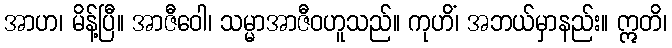
အာဟ၊ မိန့်ပြီ။ အာဇီဝေါ၊ သမ္မာအာဇီဝဟူသည်။ ကုဟိံ၊ အဘယ်မှာနည်း။ ဣတိ၊